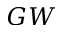
G W